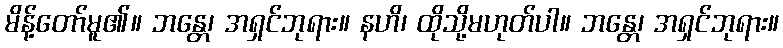
မိန့်တော်မူ၏။ ဘန္တေ၊ အရှင်ဘုရား။ နဟိ၊ ထိုသို့မဟုတ်ပါ။ ဘန္တေ၊ အရှင်ဘုရား။